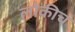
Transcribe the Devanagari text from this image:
लोकीचं